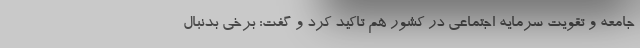
جامعه و تقویت سرمایه اجتماعی در کشور هم تاکید کرد و گفت: برخی بدنبال